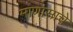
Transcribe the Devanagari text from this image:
माणासाचे